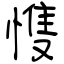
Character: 愯